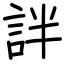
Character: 詊